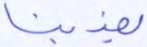
يعذبنا